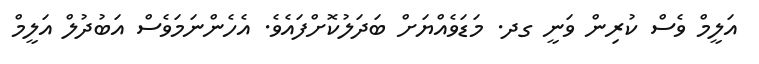
އަލީމް ވެސް ކުރިން ވަނީ ގދ. މަޑަވެއްޔަށް ބަދަލުކޮށްފައެެވެ. އެހެންނަމަވެސް އަބުދުލް އަލީމް